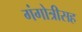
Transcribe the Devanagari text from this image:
गंगोत्रीसह